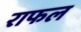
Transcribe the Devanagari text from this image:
राफल